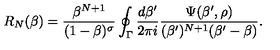
R _ { N } ( \beta ) = { \frac { \beta ^ { N + 1 } } { ( 1 - \beta ) ^ { \sigma } } } \oint _ { \Gamma } { \frac { d \beta ^ { \prime } } { 2 \pi i } } { \frac { \Psi ( \beta ^ { \prime } , \rho ) } { ( \beta ^ { \prime } ) ^ { N + 1 } ( \beta ^ { \prime } - \beta ) } } .